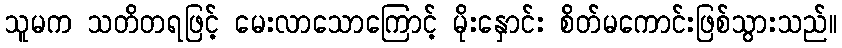
သူမက သတိတရဖြင့် မေးလာသောကြောင့် မိုးနှောင်း စိတ်မကောင်းဖြစ်သွားသည်။